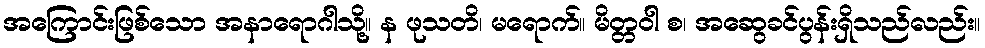
အကြောင်းဖြစ်သော အနာရောဂါသို့။ န ဖုသတိ၊ မရောက်။ မိတ္တဝါ စ၊ အဆွေခင်ပွန်းရှိသည်လည်း။